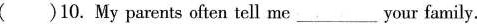
( )10. My parents often tell me___your family.